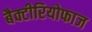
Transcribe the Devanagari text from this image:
बैक्टीरियोफाज